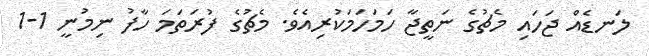
ލަނޑެއް ޖަހައި މެޗުގެ ނަތީޖާ ހަމަހަމަކުރިއެވެ. މެޗުގެ ފުރަތަމަ ހާފު ނިމުނީ 1-1